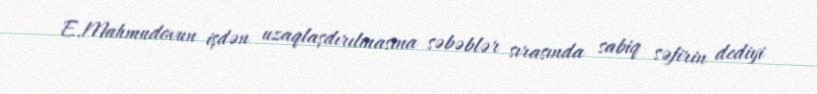
E.Mahmudovun işdən uzaqlaşdırılmasına səbəblər sırasında sabiq səfirin dediyi